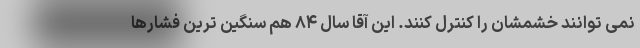
نمی توانند خشمشان را کنترل کنند. این آقا سال ۸۴ هم سنگین ترین فشارها